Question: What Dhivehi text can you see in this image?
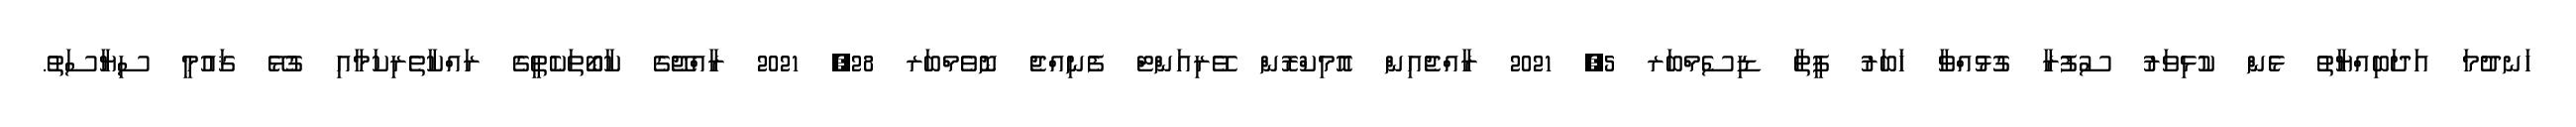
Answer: ހަނދުމަ އަދަބިއްޔާތު ޅެން ކުޅިވަރު ސުފުރާ ގުޅުއްވާ ޚަބަރު ފީތާ ޑިސެމްބަރ 5, 2021 ރާއްޖެއިން އޮމިކްރޮން ވޭރިއަންޓް ފެނިއްޖެ ނޮވެމްބަރ 28, 2021 ރާއްޖޭގެ ކާބޯތަކެތީގެ ރައްކާތެރިކަމާއި ގުޅޭ ޤައުމީ ސިޔާސަތު.